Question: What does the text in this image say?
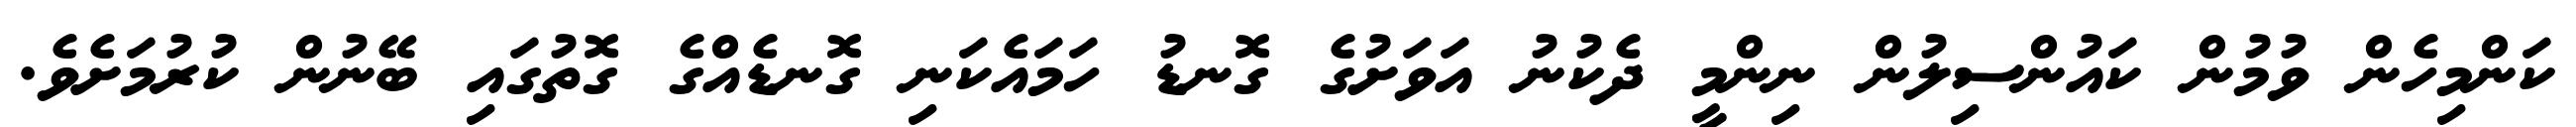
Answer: ކަންމިހެން ވުމުން ކައުންސިލުން ނިންމީ ދެކުނު އަވަށުގެ ގޮނޑު ހަމައެކަނި ގޮނޑެއްގެ ގޮތުގައި ބޭނުން ކުރުމަށެވެ.